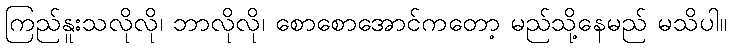
ကြည်နူးသလိုလို၊ ဘာလိုလို၊ စောစောအောင်ကတော့ မည်သို့နေမည် မသိပါ။